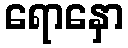
ရောနှော